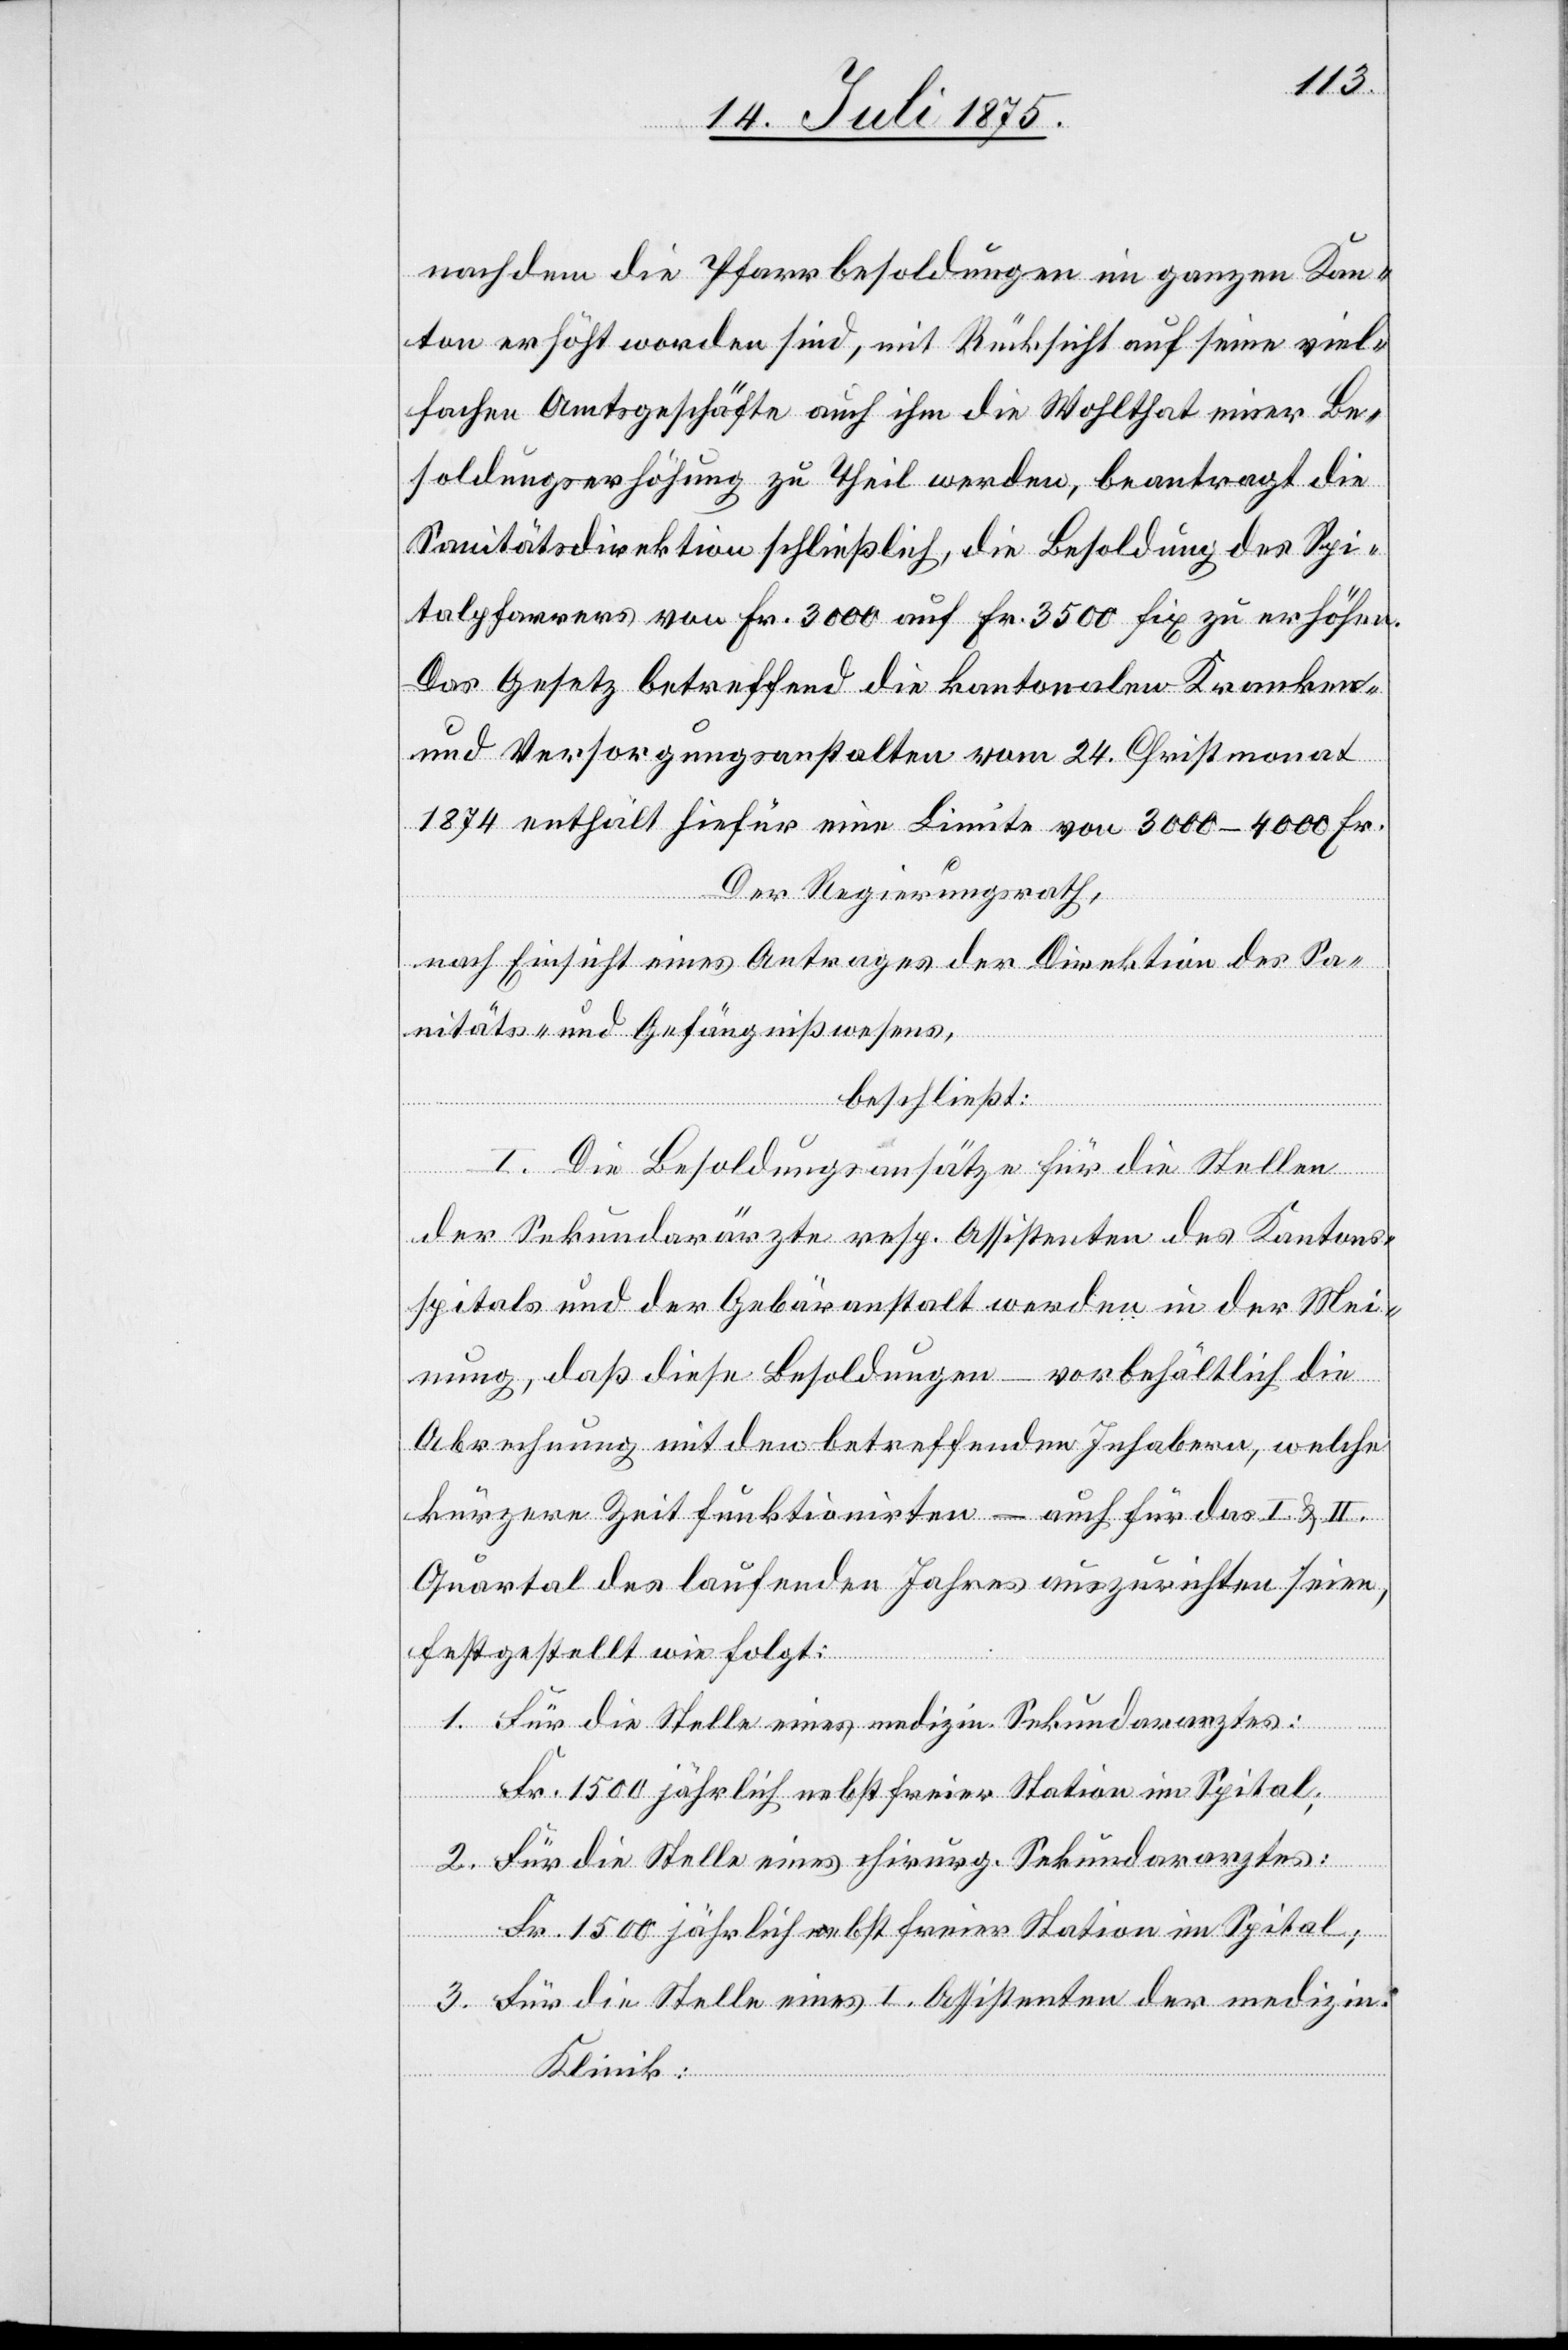
nachdem die Pfarrbesoldungen im ganzen Kan¬
ton erhöht worden sind, mit Rücksicht auf seine viel¬
fachen Amtsgeschäfte auch ihm die Wohltat einer Be¬
soldungserhöhung zu Theil werden, beantragt die
Sanitätsdirektion schließlich, die Besoldung des Spi¬
talpfarrers von Fr. 3000 auf Fr. 3500 fix zu erhöhen.
Das Gesetz betreffend die kantonalen Kranken-
und Versorgungsanstalten vom 24. Christmonat
1874 enthält hiefür eine Limite von 3000–4000 Fr.
Der Regierungsrath,
nach Einsicht eines Antrages der Direktion des Sa¬
nitäts- und Gefängnißwesens,
beschließt:
I. Die Besoldungsansätze für die Stellen
der Sekundarärzte resp. Assistenten des Kantons¬
spitals und der Gebäranstalt werden in der Mei¬
nung, daß diese Besoldungen – vorbehältlich die
Abrechnung mit den betreffenden Inhabern, welche
kürzere Zeit funktionirten – auch für das I. & II.
Quartal des laufenden Jahres auszurichten seien,
festgestellt wie folgt:
1. Für die Stelle eines medizin. Sekundararztes:
Fr. 1500 jährlich nebst freier Station im Spital;
2. Für die Stelle eines chirurg. Sekundararztes:
Fr. 1500 jährlich nebst freier Station im Spital;
3. Für die Stelle eines I. Assistenten der medizin.
Klinik: